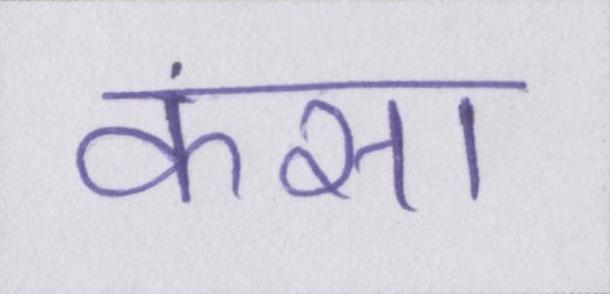
कसा